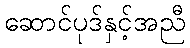
ဆောင်ပုဒ်နှင့်အညီ